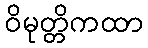
ဝိမုတ္တိကထာ